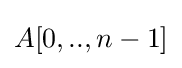
A[0,..,n-1]